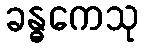
ခန္ဓကေသု